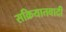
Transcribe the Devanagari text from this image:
सक्रियातवादी